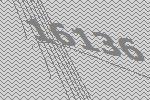
16136